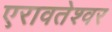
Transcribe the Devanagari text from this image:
एरावतेश्वर